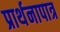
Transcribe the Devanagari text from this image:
प्रार्थनापात्र